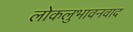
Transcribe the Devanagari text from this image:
लोकलुभावनवाद